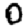
Digit: 0